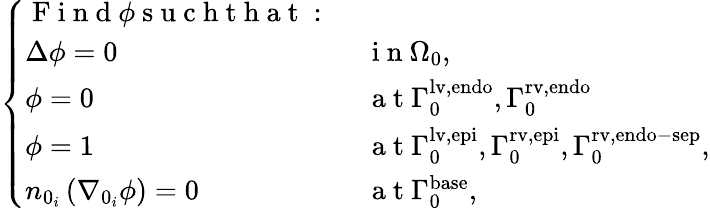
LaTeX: \left\{ \begin{array}{ll}{\mathrm{~F~i~n~d~}\phi\mathrm{~s~u~c~h~t~h~a~t~:~}}&{}\\ {\Delta\phi=0}&{\mathrm{~i~n~}{\Omega}_{0},}\\ {\phi=0}&{\mathrm{~a~t~}{\Gamma}_{0}^{\mathrm{{lv,endo}}},{\Gamma}_{0}^{\mathrm{{rv,endo}}}}\\ {\phi=1}&{\mathrm{~a~t~}{\Gamma}_{0}^{\mathrm{{lv,epi}}},{\Gamma}_{0}^{\mathrm{{rv,epi}}},{\Gamma}_{0}^{\mathrm{{rv,endo-sep}}},}\\ {n_{0_{i}}\left(\nabla_{0_{i}}\phi\right)=0}&{\mathrm{~a~t~}{\Gamma}_{0}^{\mathrm{{base}}},}\end{array}\right.